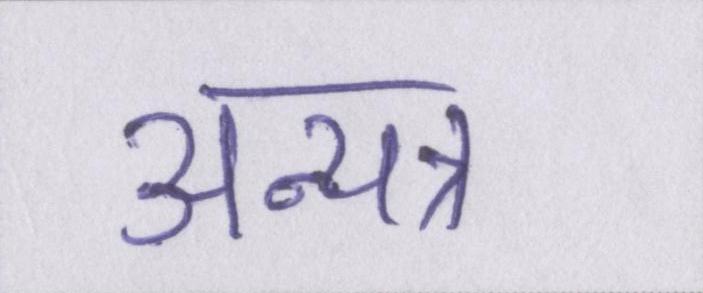
अन्यत्र